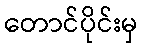
တောင်ပိုင်းမှ